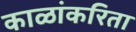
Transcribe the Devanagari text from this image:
काळांकरिता